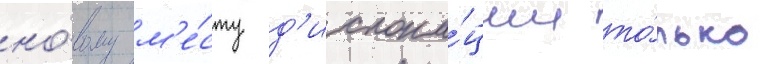
но́вому м'е́сту д'ислока́ции то́лько